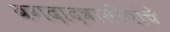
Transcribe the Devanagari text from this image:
बगदादवासीयांचे